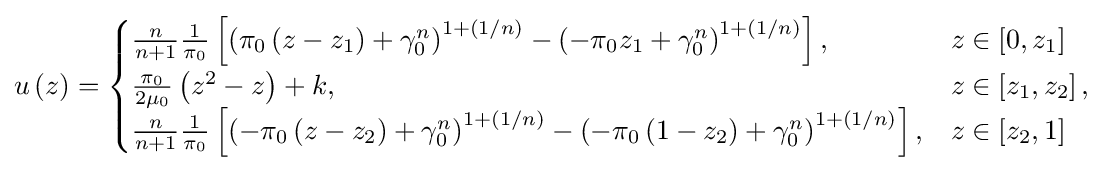
u\left(z\right)={\begin{cases}{\frac {n}{n+1}}{\frac {1}{\pi _{0}}}\left[\left(\pi _{0}\left(z-z_{1}\right)+\gamma _{0}^{n}\right)^{1+\left(1/n\right)}-\left(-\pi _{0}z_{1}+\gamma _{0}^{n}\right)^{1+\left(1/n\right)}\right],&z\in \left[0,z_{1}\right]\\{\frac {\pi _{0}}{2\mu _{0}}}\left(z^{2}-z\right)+k,&z\in \left[z_{1},z_{2}\right],\\{\frac {n}{n+1}}{\frac {1}{\pi _{0}}}\left[\left(-\pi _{0}\left(z-z_{2}\right)+\gamma _{0}^{n}\right)^{1+\left(1/n\right)}-\left(-\pi _{0}\left(1-z_{2}\right)+\gamma _{0}^{n}\right)^{1+\left(1/n\right)}\right],&z\in \left[z_{2},1\right]\\\end{cases}}